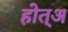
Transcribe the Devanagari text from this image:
होत्अ